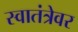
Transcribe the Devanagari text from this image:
स्वातंत्रेवर